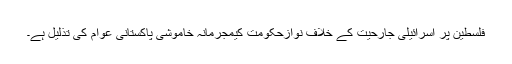
فلسطین پر اسرائیلی جارحیت کے خلاف نوازحکومت کیمجرمانہ خاموشی پاکستانی عوام کی تذلیل ہے۔